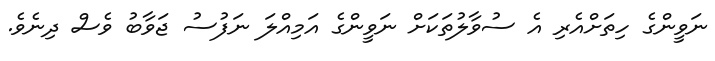
ނަވީންގެ ހިތަށްއެރި އެ ސުވާލުތަކަށް ނަވީންގެ އަމިއްލަ ނަފުސު ޖަވާބު ވެސް ދިނެވެ.